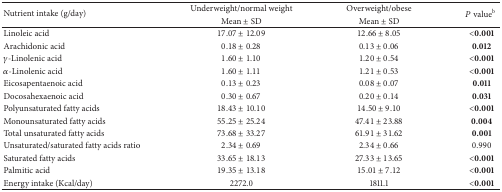
<table><thead><tr><td rowspan="2"><b>Nutrient intake (g/day)</b></td><td><b>Underweight/normal weight</b></td><td><b>Overweight/obese</b></td><td rowspan="2"><b><i>P</i> value<sup>b</sup></b></td></tr><tr><td><b>Mean ± SD </b></td><td><b>Mean ± SD </b></td></tr></thead><tbody><tr><td>Linoleic acid</td><td>17.07 ± 12.09</td><td>12.66 ± 8.05</td><td><b>&lt;0.001</b></td></tr><tr><td>Arachidonic acid </td><td>0.18 ± 0.28</td><td>0.13 ± 0.06</td><td><b>0.012</b></td></tr><tr><td><i>γ</i>-Linolenic acid </td><td>1.60 ± 1.10</td><td>1.20 ± 0.54</td><td><b>&lt;0.001</b></td></tr><tr><td><i>α</i>-Linolenic acid </td><td>1.60 ± 1.11</td><td>1.21 ± 0.53</td><td><b>&lt;0.001</b></td></tr><tr><td>Eicosapentaenoic acid </td><td>0.13 ± 0.23</td><td>0.08 ± 0.07</td><td><b>0.011</b></td></tr><tr><td>Docosahexaenoic acid </td><td>0.30 ± 0.67</td><td>0.20 ± 0.14</td><td><b>0.031</b></td></tr><tr><td>Polyunsaturated fatty acids </td><td>18.43 ± 10.10</td><td>14.50 ± 9.10</td><td><b>&lt;0.001</b></td></tr><tr><td>Monounsaturated fatty acids </td><td>55.25 ± 25.24</td><td>47.41 ± 23.88</td><td><b>0.004</b></td></tr><tr><td>Total unsaturated fatty acids</td><td>73.68 ± 33.27</td><td>61.91 ± 31.62</td><td><b>0.001</b></td></tr><tr><td>Unsaturated/saturated fatty acids ratio</td><td>2.34 ± 0.69</td><td>2.34 ± 0.66</td><td>0.990</td></tr><tr><td>Saturated fatty acids </td><td>33.65 ± 18.13</td><td>27.33 ± 13.65</td><td><b>&lt;0.001</b></td></tr><tr><td>Palmitic acid</td><td>19.35 ± 13.18</td><td>15.01 ± 7.12</td><td><b>&lt;0.001</b></td></tr><tr><td>Energy intake (Kcal/day)</td><td>2272.0</td><td>1811.1</td><td><b>&lt;0.001</b></td></tr></tbody></table>